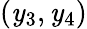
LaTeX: (\mathit{y}_{3},\mathit{y}_{4})